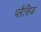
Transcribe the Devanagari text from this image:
प्लैसिड